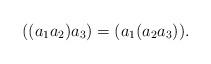
LaTeX: \begin{align*}((a_1a_2)a_3) = (a_1(a_2a_3)).\end{align*}